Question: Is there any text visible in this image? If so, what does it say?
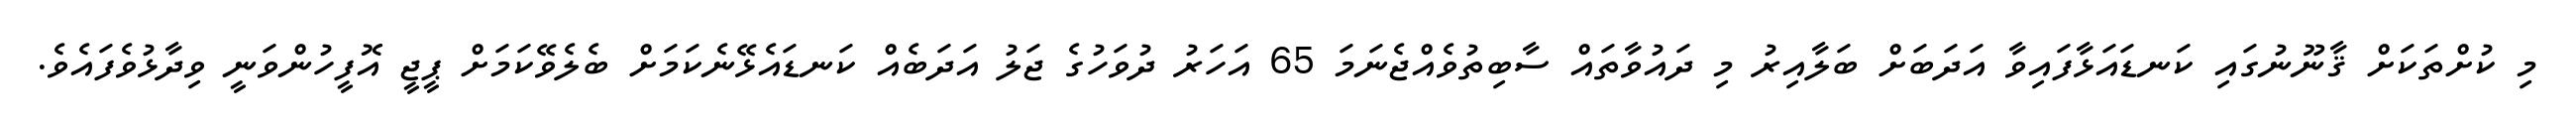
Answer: މި ކުށްތަކަށް ޤާނޫނުގައި ކަނޑައަޅާފައިވާ އަދަބަށް ބަލާއިރު މި ދައުވާތައް ސާބިތުވެއްޖެނަމަ 65 އަހަރު ދުވަހުގެ ޖަލު އަދަބެއް ކަނޑައެޅޭނެކަމަށް ބެލެވޭކަމަށް ޕީޖީ އޮފީހުންވަނީ ވިދާޅުވެފައެވެ.